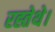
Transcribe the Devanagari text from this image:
रह्तेथे।